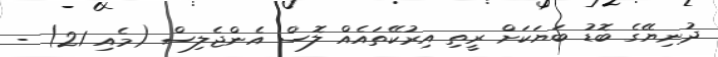
ދުނިޔޭގެ ބޮޑު ބަޔަކަށް ރީތި އިރުކޭތައެއް ލޮސް އެންޖެލިސް (މެއި 21) -